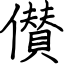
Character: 儧